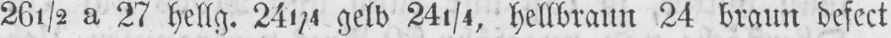
26½ a 27 hellg. 241/4 gelb 241/4, hellbraun 24 braun defect